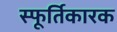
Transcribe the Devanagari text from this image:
स्फूर्तिकारक